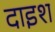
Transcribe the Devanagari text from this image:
दाइश